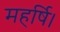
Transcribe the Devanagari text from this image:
महर्षि।